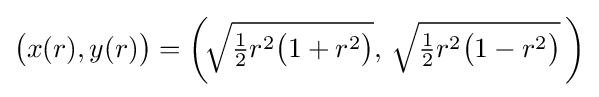
{\big (}x(r),y(r){\big )}={\biggl (}\!{\sqrt {{\tfrac {1}{2}}r^{2}{\bigl (}1+r^{2}{\bigr )}}},\,{\sqrt {{\tfrac {1}{2}}r^{2}{\bigl (}1-r^{2}{\bigr )}}}\,{\biggr )}